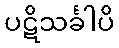
ပဋိသင်္ခါပိ